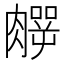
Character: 𱼛